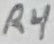
Text: R4